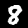
Label: 8